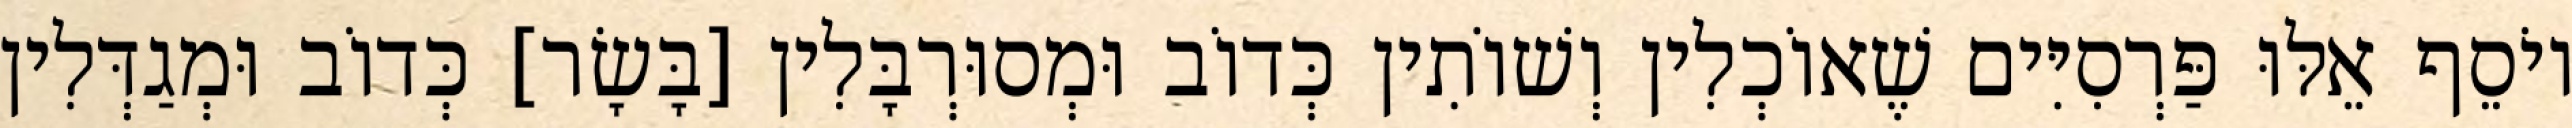
יוֹסֵף אֵלּוּ פַּרְסִיִּים שֶׁאוֹכְלִין וְשׁוֹתִין כְּדוֹב וּמְסוּרְבָּלִין [בָּשָׂר] כְּדוֹב וּמְגַדְּלִין